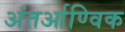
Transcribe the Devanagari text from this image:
अंतर्आण्विक